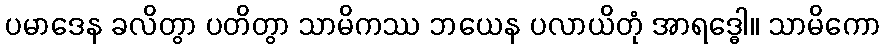
ပမာဒေန ခလိတွာ ပတိတွာ သာမိကဿ ဘယေန ပလာယိတုံ အာရဒ္ဓေါ။ သာမိကော